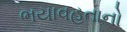
ભયાવહતાનો